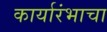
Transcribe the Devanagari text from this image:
कार्यारंभाचा